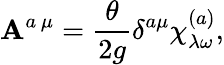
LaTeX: \mathbf{A}^{a\, \mu}=\frac{{\theta}}{{2g}}\delta^{a\mu}\chi_{\lambda\omega}^{(a)},